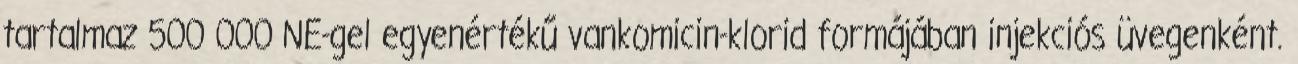
tartalmaz 500 000 NE-gel egyenértékű vankomicin-klorid formájában injekciós üvegenként.